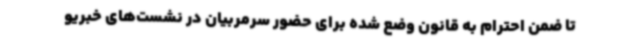
تا ضمن احترام به قانون وضع شده برای حضور سرمربیان در نشست‌های خبریو